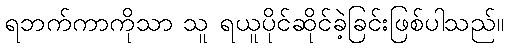
ရဘက်ကာကိုသာ သူ ရယူပိုင်ဆိုင်ခဲ့ခြင်းဖြစ်ပါသည်။